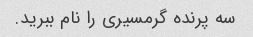
سه پرنده گرمسیری را نام ببرید.